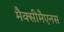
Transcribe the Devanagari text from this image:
मैक्सीमैएनस